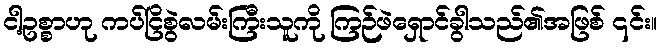
ငါ့ဥစ္စာဟု ကပ်ငြိစွဲလမ်းကြီးသူကို ကြဉ်ဖဲရှောင်ခွါသည်၏အဖြစ် ၎င်း။